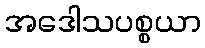
အဒေါသပစ္စယာ